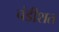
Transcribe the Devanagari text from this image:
चंडीशत